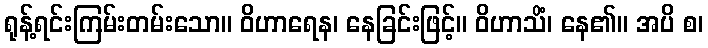
ရုန့်ရင်းကြမ်းတမ်းသော။ ဝိဟာရေန၊ နေခြင်းဖြင့်။ ဝိဟာသိံ၊ နေ၏။ အပိ စ၊